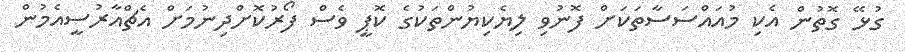
ގުޅޭ ގޮތުން އެކި މުއައްސަސާތަކަށް ފޮނުވި ލިޔެކިޔުންތަކުގެ ކޮޕީ ވެސް ފޯރުކޮށްދިނުމަށް އެޗްއާރުސީއެމުން